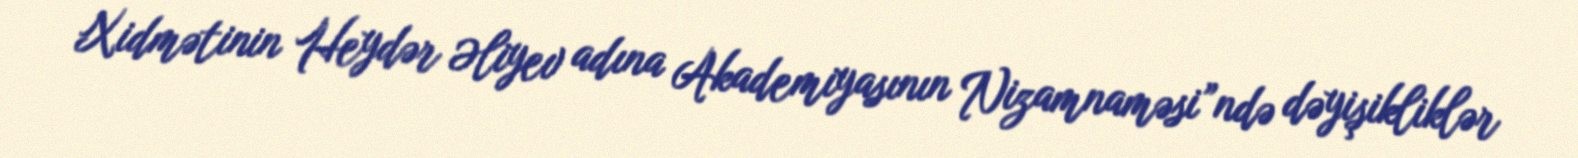
Xidmətinin Heydər Əliyev adına Akademiyasının Nizamnaməsi”ndə dəyişikliklər